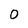
Character: 0